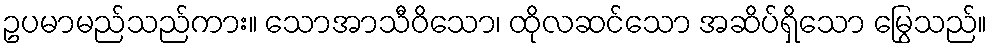
ဥပမာမည်သည်ကား။ သောအာသီဝိသော၊ ထိုလဆင်သော အဆိပ်ရှိသော မြွေသည်။